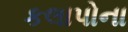
કલાપોના